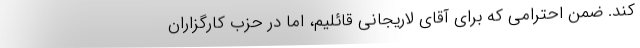
کند. ضمن احترامی که برای آقای لاریجانی قائلیم، اما در حزب کارگزاران